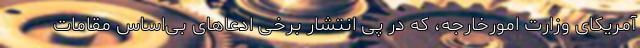
آمریکای وزارت امورخارجه، که در پی انتشار برخی ادعاهای بی‌اساس مقامات